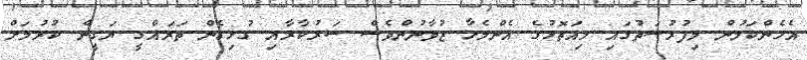
އެހެންކަމުން މިފުރުސަތުގައި މިއަތޮޅުގެ އެންމެހާ ޒުވާނުންވެސް ސަރުކާރާއި ގުޅިގެން ތަރައްގީ ޔަގީން ކުރުމަށް